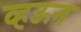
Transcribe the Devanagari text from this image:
व्हऊन